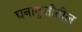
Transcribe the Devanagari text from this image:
घनाकृतीतील